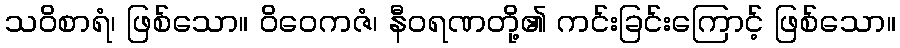
သဝိစာရံ၊ ဖြစ်သော။ ဝိဝေကဇံ၊ နီဝရဏတို့၏ ကင်းခြင်းကြောင့် ဖြစ်သော။